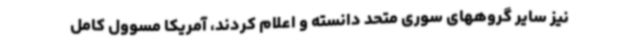
نیز سایر گروههای سوری متحد دانسته و اعلام کردند، آمریکا مسوول کامل